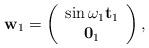
LaTeX: \begin{align*}\mathbf{w}_{1}=\left(\begin{array}{c}\sin\omega_{1}\mathbf{t}_{1}\\\mathbf{0}_{1}\end{array}\right),\end{align*}